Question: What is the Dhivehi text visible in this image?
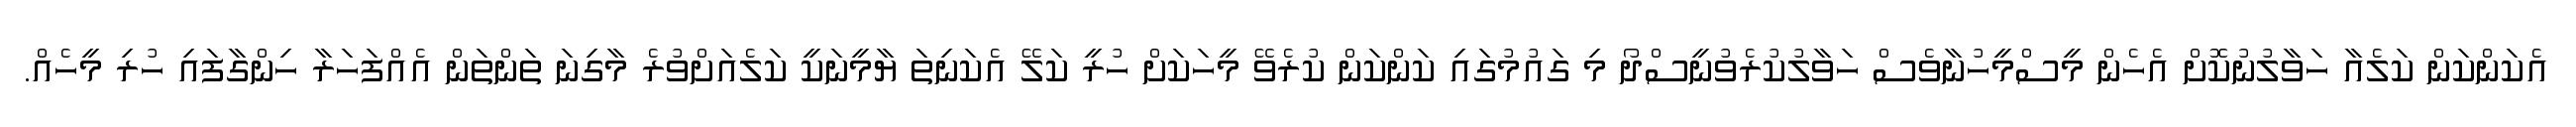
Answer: އެކަންކަން ކަލެއާ ހަވާލުނުކޮށް އެހެން މީސްމީހުނާވެސް ހަވާލުކުރެވުނީސްދޯ މި ގައުމުގައި ކަންކަން ކުރެވޭ މީހަކަށް ހުރީ ކަލޭ އެކަނިތަ ޔާމީނަކީ ކަލެއަށްވުރެ މާގިނަ ތަންތަން އެއްފަހަރާ ހިންގާފައި ހުރި މީހެއް.